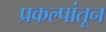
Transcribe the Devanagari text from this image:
प्रकल्पांतून